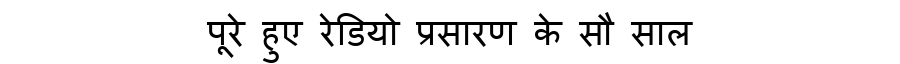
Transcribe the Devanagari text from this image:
पूरे हुए रेडियो प्रसारण के सौ साल